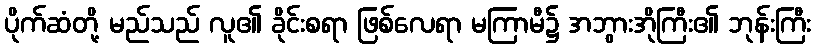
ပိုက်ဆံတို့ မည်သည် လူ၏ ခိုင်းစရာ ဖြစ်လေရာ မကြာမီ၌ အဘွားအိုကြီး၏ ဘုန်းကြီး